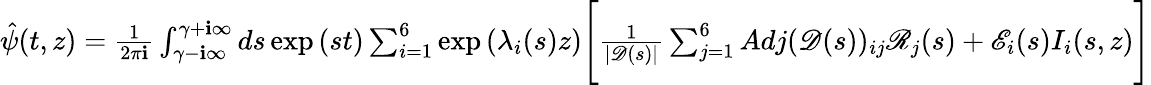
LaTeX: \begin{array}{r}{\hat{\psi}(t,z)=\frac{1}{2\pi\textbf{i}}\int_{\gamma-\textbf{i}\infty}^{\gamma+\textbf{i}\infty}ds\exp{(st)}\sum_{i=1}^{6}\exp{(\lambda_{i}(s)z)}\Bigg[\frac{1}{|\mathscr{D}(s)|}\sum_{j=1}^{6}Adj(\mathscr{D}(s))_{ij}\mathscr{R}_{j}(s)+\mathscr{E}_{i}(s)I_{i}(s,z)\Bigg]}\end{array}